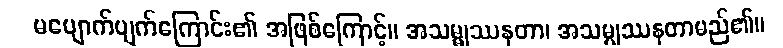
မပျောက်ပျက်ကြောင်း၏ အဖြစ်ကြောင့်။ အသမ္မုဿနတာ၊ အသမ္မုဿနတာမည်၏။